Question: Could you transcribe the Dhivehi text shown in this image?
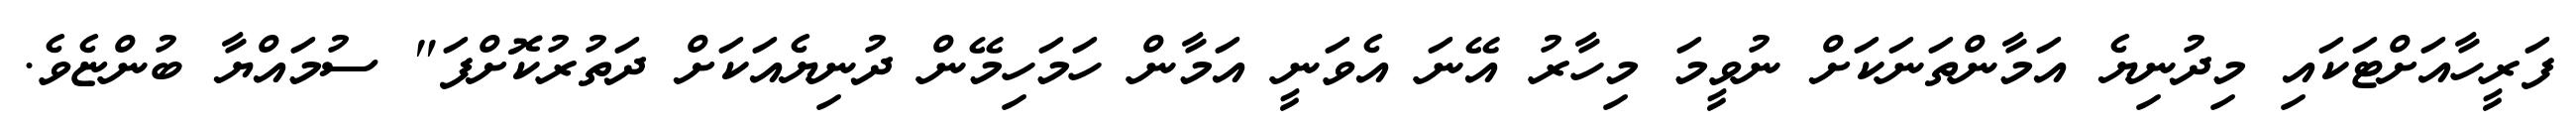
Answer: ފަރީހާއަށްޓަކައި މިދުނިޔެ އަމާންތަނަކަށް ނުވީމަ މިހާރު އޭނަ އެވަނީ އަމާން ހަމަހިމޭން ދުނިޔެއަކަށް ދަތުރުކޮށްފަ" ސުމައްޔާ ބުންޏެވެ.